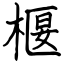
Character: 椻